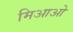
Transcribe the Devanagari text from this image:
मिआओ